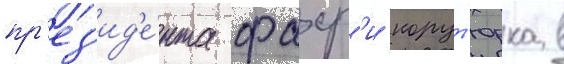
пр'ез'ид'е́нта фахр'и корут'юрка в